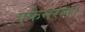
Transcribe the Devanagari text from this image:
एफेमरल।